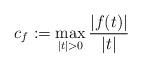
LaTeX: \begin{align*}c_f:=\max_{|t|> 0}\frac{|f(t)|}{|t|}\end{align*}